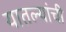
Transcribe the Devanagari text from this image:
यातल्यांची